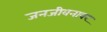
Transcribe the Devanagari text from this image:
जनजीवनावर